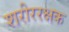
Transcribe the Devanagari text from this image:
शरीररक्षक